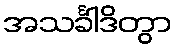
အသင်္ခါဒိတွာ